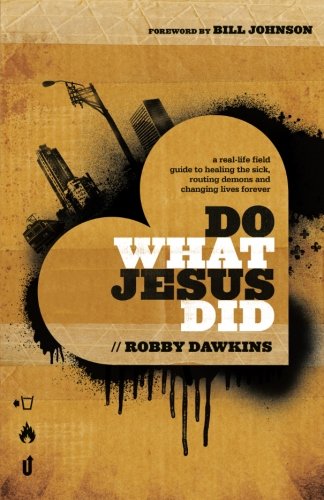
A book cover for Do What Jesus Did: A Real-Life Field Guide to Healing the Sick, Routing Demons and Changing Lives Forever; Robby Dawkins; Christian Books & Bibles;